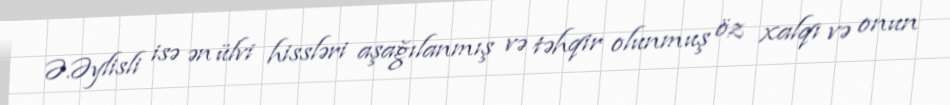
Ə.Əylisli isə ən ülvi hissləri aşağılanmış və təhqir olunmuş öz xalqı və onun